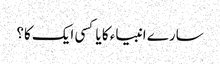
سارے انبیاء کا یا کسی ایک کا؟